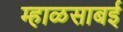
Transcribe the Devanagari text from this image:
म्हाळसाबई